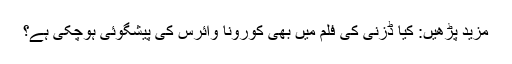
مزید پڑھیں: کیا ڈزنی کی فلم میں بھی کورونا وائرس کی پیشگوئی ہوچکی ہے؟